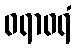
ဝရာဝရံ